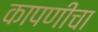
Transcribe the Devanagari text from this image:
कापणीचा